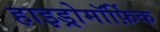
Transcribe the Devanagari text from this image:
हाइड्रोमॉर्फ़िक